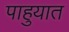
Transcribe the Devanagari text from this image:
पाहुयात